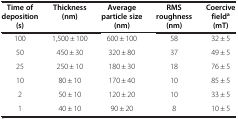
| Time of deposition (s) | Thickness (nm) | Average particle size (nm) | RMS roughness (nm) | Coercive fielda(mT) |
 | --- | --- | --- | --- | --- |
 | 100 | 1,500 ± 100 | 600 ± 100 | 58 | 32 ± 5 |
 | 50 | 450 ± 30 | 320 ± 80 | 37 | 49 ± 5 |
 | 25 | 250 ± 10 | 180 ± 30 | 18 | 76 ± 5 |
 | 10 | 80 ± 10 | 170 ± 40 | 10 | 85 ± 5 |
 | 2 | 50 ± 10 | 120 ± 20 | 10 | 33 ± 5 |
 | 1 | 40 ± 10 | 90 ± 20 | 8 | 10 ± 5 |